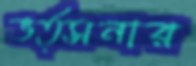
ভর্ত্সনার